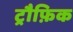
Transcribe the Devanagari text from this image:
ट्रौफ़िक